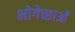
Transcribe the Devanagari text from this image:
भोगेच्छाओं